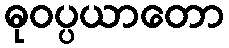
ဓုဝပ္ပယာတော